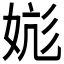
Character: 𪥹